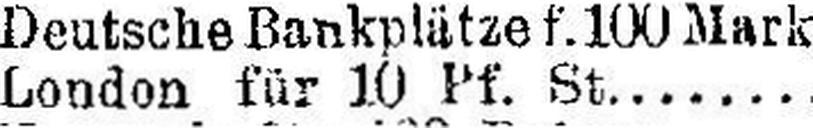
London für 10 Pf. St